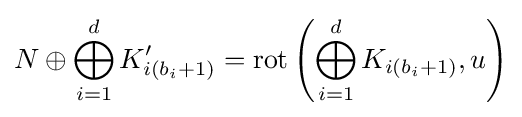
N\oplus \bigoplus _{i=1}^{d}K'_{i(b_{i}+1)}=\operatorname {rot} \left(\bigoplus _{i=1}^{d}K_{i(b_{i}+1)},u\right)